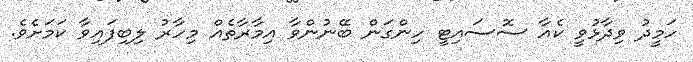
ހަމީދު ވިދާޅުވީ ކެއާ ސޮސައިޓީ ހިންގަން ބޭނުންވާ އިމާރާތެއް މިހާރު ލިބިފައިވާ ކަމަށެވެ.